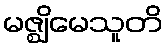
မဇ္ဈိမေသူတိ